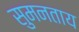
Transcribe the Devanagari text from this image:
सुमनताय